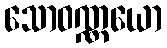
သောဝဏ္ဏယော